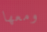
ومعها